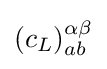
(c_{L})_{ab}^{\alpha \beta }